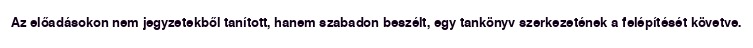
Az előadásokon nem jegyzetekből tanított, hanem szabadon beszélt, egy tankönyv szerkezetének a felépítését követve.